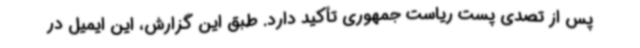
پس از تصدی پست ریاست جمهوری تأکید دارد. طبق این گزارش، این ایمیل در